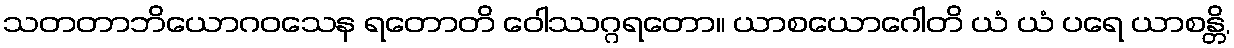
သတတာဘိယောဂဝသေန ရတောတိ ဝေါဿဂ္ဂရတော။ ယာစယောဂေါတိ ယံ ယံ ပရေ ယာစန္တိ,